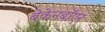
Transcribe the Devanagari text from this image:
बेकेनबॉएर